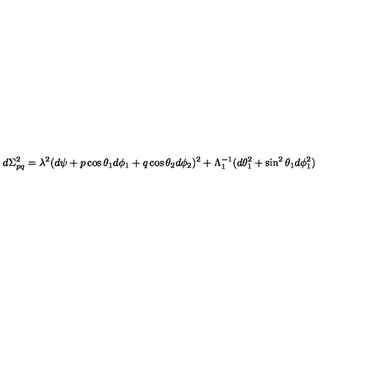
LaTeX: d \Sigma _ { p q } ^ { 2 } = \lambda ^ { 2 } ( d \psi + p \cos \theta _ { 1 } d \phi _ { 1 } + q \cos \theta _ { 2 } d \phi _ { 2 } ) ^ { 2 } + \Lambda _ { 1 } ^ { - 1 } ( d \theta _ { 1 } ^ { 2 } + \sin ^ { 2 } \theta _ { 1 } d \phi _ { 1 } ^ { 2 } )